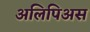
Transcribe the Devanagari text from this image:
अलिपिअस